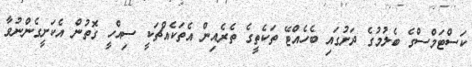
ކަސްޓަމްސްގެ ބެލުމުގެ ދަށުގައި ބެހެއްޓޭ ތަކެތީގެ ތެރެއިން އެތަކެއްޗަކީ ސިއްހީ ގޮތުން އެކަށީގެންނުވާ